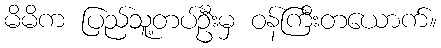
မိမိက ပြည်သူ့တပ်ဦးမှ ဝန်ကြီးတယောက်။